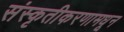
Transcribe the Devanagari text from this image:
संस्कृतीकरणामधून